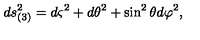
d s _ { ( 3 ) } ^ { 2 } = d \varsigma ^ { 2 } + d \theta ^ { 2 } + \sin ^ { 2 } \theta d \varphi ^ { 2 } ,